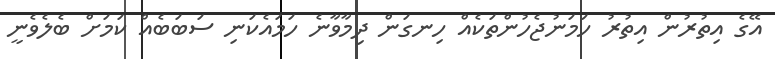
އޭގެ އިތުރުން އިތުރު ހަމަނުޖެހުންތަކެއް ހިނގަން ދިމާވާނެ ހަމައެކަނި ސަބަބެއް ކަމަށް ބެލެވެނީ